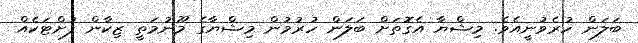
ބަލަން ހުރެވުނީއެވެ. މިޝްޔާ އެގޮތަށް ބަލަން ހުރުމުން މިޝްޔާގެ މޫނުމަތީ ޒިކާން ފުށްޓަކެއް